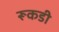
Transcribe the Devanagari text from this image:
रूकडी